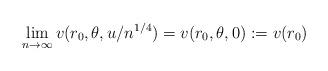
LaTeX: \begin{align*}\lim_{n \rightarrow \infty} v(r_0, \theta,u/n^{1/4}) = v(r_0,\theta,0) :=v(r_0) \end{align*}